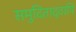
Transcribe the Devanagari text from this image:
समुदिताद्वापि